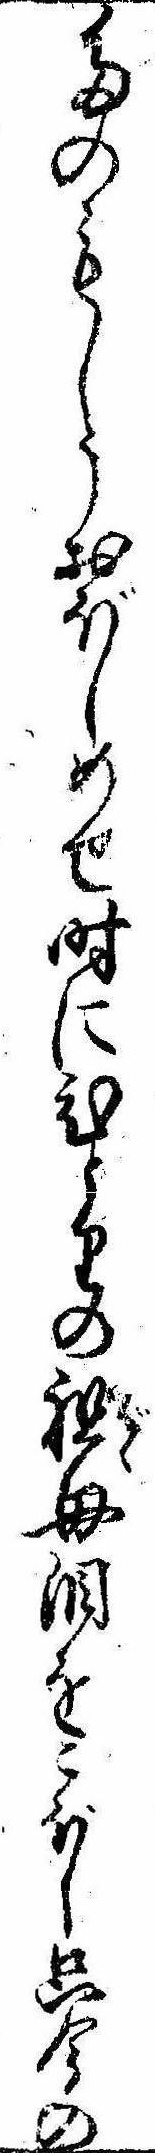
たのもしうおぼしめせ時にひとりの祖母涙をこぼし只今の